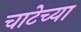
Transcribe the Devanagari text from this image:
चाटेच्या